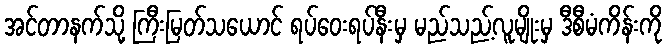
အင်တာနက်သို့ ကြီးမြတ်သယောင် ရပ်ဝေးရပ်နီးမှ မည်သည့်လူမျိုးမှ ဒီစီမံကိန်းကို